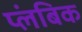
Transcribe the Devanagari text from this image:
प्लंबिक